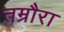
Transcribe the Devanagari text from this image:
तम्रौरा